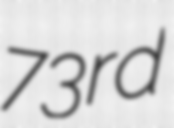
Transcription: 73rd